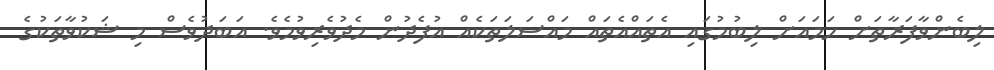
ލިބެންވާފަރާތަށް ހަމައަށް ލިބުމުގައި އެތައްއެތައް މައްސަލަތަކެއް އުފެދުން މެދުވެރިވުމެވެ. އަބަދުވެސް މި ޝަކުވާތަކުގެ